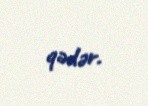
qədər.